Annual report of the Punjab Veterinary College and of the Civil Veterinary Department, Punjab - 1920-1925
Year: 1920
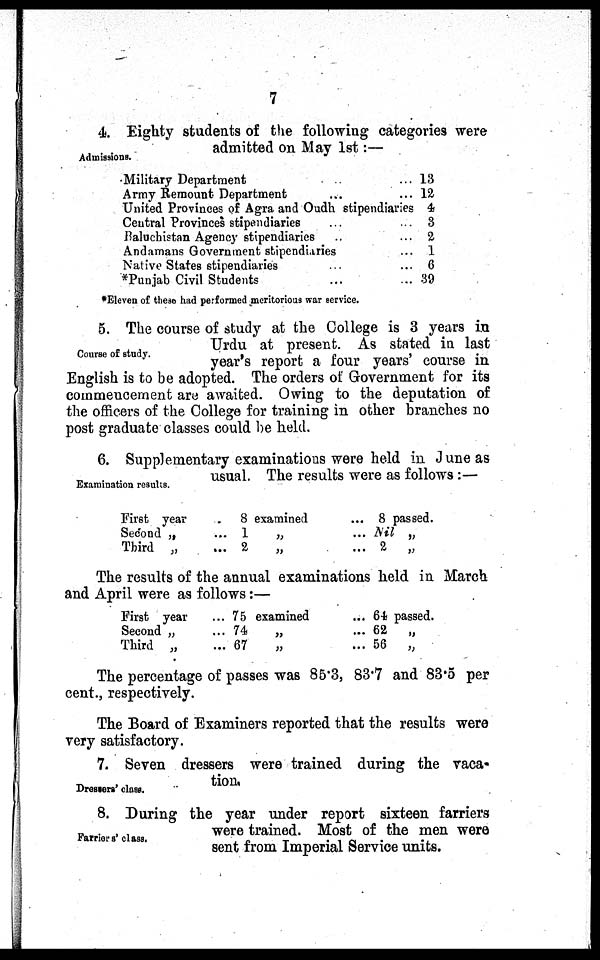
7
Admi ssi ons.
4. Eighty students of the following categories were
admitted on May 1st:—
Military Department......
Army Remount Department......
United Provinces of Agra and Oudh stipendiaries...
Central Provinces stipendiaries......
Baluchistan Agency stipendiaries......
Andamans Government stipendiaries......
Native States
stipendiaries......
*Punjab Civil Students......
13
12
4
3
2
1
6
39
*El even of these had performed meritorious war service.
Course of study.
5. The course of study at the College is 3 years in
Urdu at present. As stated in last
year's report a four years' course in
English is to be adopted. The orders of Government for its
commencement are awaited. Owing to the deputation of
the officers of the College for training in other branches no
post graduate classes could be held.
Exami nat i on results.
6. Supplementary examinations were held in June as
usual. The results were as follows:—
First year
Second „
Third „
8 examined
... 1 „
... 2 „
... 8 passed.
... Nil „
... 2 „
The results of the annual examinations held in March
and April were as follows:—
First year
Second „
Third „
... 75 examined
... 74 „
... 67
... 64 passed.
... 62 „
... 56 „
The percentage of passes was 85.3, 83.7 and 83.5 per
cent., respectively.
The Board of Examiners reported that the results were
very satisfactory.
Dressers' class.
7. Seven dressers were trained during the vaca-
tion.
Farriors' class.
8. During the year under report sixteen farriers
were trained. Most of the men were
sent from Imperial Service units.